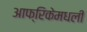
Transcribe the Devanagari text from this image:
आफ्रिकेमधली